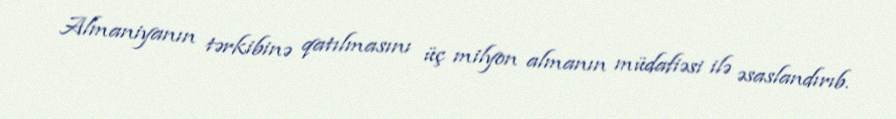
Almaniyanın tərkibinə qatılmasını üç milyon almanın müdafiəsi ilə əsaslandırıb.